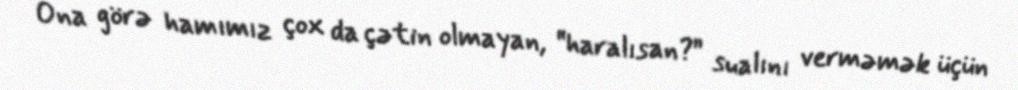
Ona görə hamımız çox da çətin olmayan, “haralısan?” sualını verməmək üçün